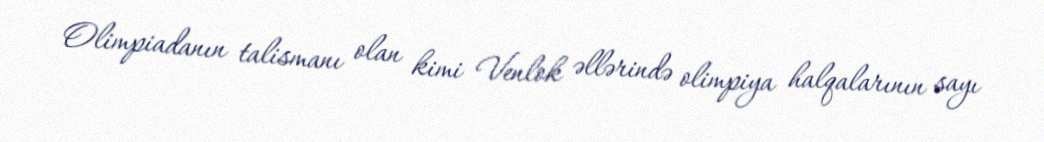
Olimpiadanın talismanı olan kimi Venlok əllərində olimpiya halqalarının sayı